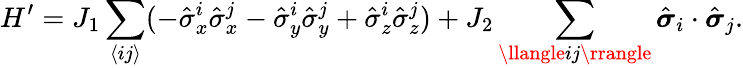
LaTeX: H^{\prime}=J_{1}\sum_{\langle ij\rangle}(-\hat{\sigma}_{x}^{i}\hat{\sigma}_{x}^{j}-\hat{\sigma}_{y}^{i}\hat{\sigma}_{y}^{j}+\hat{\sigma}_{z}^{i}\hat{\sigma}_{z}^{j})+J_{2}\sum_{\llangle ij\rrangle}\hat{\boldsymbol{\sigma}}_{i}\cdot\hat{\boldsymbol{\sigma}}_{j}.